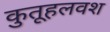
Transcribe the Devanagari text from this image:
कुतूहलवश